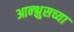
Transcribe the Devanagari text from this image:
आन्श्लुसच्या